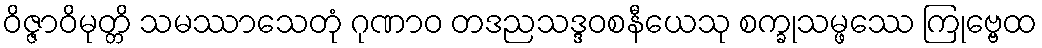
ဝိဇ္ဇာဝိမုတ္တိ သမဿာသေတုံ ဂုဏာဝ တဒညသဒ္ဒဝစနီယေသု စက္ခုသမ္ဖဿေ ကြုဗ္ဗေထ